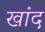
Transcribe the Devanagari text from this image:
खांद